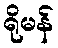
ရိုမန်